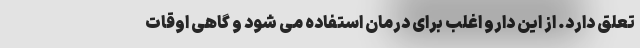
تعلق دارد. از این دارو اغلب برای درمان استفاده می شود و گاهی اوقات